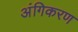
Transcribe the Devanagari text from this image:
अंगिकरण